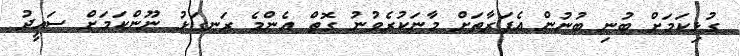
ގުޅިކަމަށް ބުނި ބުނުން އެފަރާތަށް މާނަކުރެވުނު ގޮތް އެންމެ ރަނގަޅު ނޫންކަމަށް ސައީދު